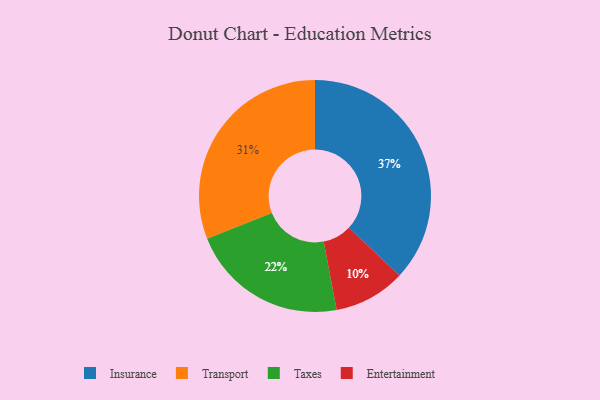
{"axis": {"x": "Category", "y": "Percentage"}, "legend": ["Entertainment", "Insurance", "Taxes", "Transport"], "data": [{"x": "Taxes", "y": 22, "type": "Taxes"}, {"x": "Entertainment", "y": 10, "type": "Entertainment"}, {"x": "Insurance", "y": 37, "type": "Insurance"}, {"x": "Transport", "y": 31, "type": "Transport"}]}